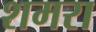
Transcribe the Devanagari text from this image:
शमरा